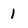
Character: 1